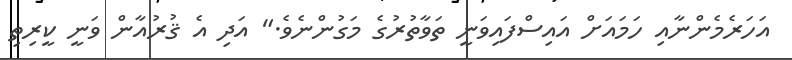
އަހަރެމެންނާއި ހަމައަށް އައިސްފައިވަނީ ތަވާތުރުގެ މަގުންނެވެ." އަދި އެ ޤުރުއާން ވަނީ ކީރިތި